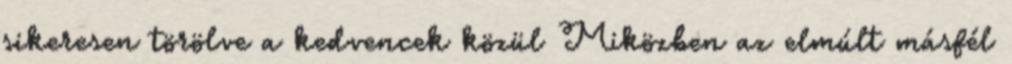
sikeresen törölve a kedvencek közül Miközben az elmúlt másfél